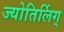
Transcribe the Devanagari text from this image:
ज्योतिर्लिग्